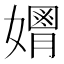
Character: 𡣃